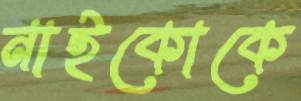
নাইকোকে